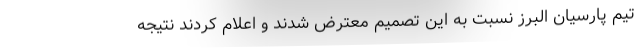
تیم پارسیان البرز نسبت به این تصمیم معترض شدند و اعلام کردند نتیجه